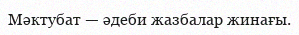
Мәктубат — әдеби жазбалар жинағы.